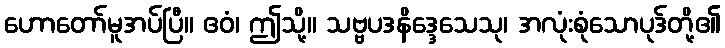
ဟောတော်မူအပ်ပြီ။ ဧဝံ၊ ဤသို့။ သဗ္ဗပဒနိဒ္ဒေသေသု၊ အလုံးစုံသောပုဒ်တို့၏